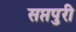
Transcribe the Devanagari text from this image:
सप्तपुरी